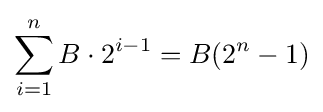
\sum _{i=1}^{n}B\cdot 2^{i-1}=B(2^{n}-1)